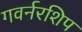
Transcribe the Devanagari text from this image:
गवर्नरशिप